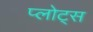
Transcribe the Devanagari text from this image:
प्लोट्स